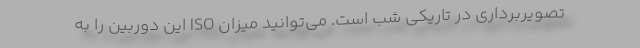
تصویربرداری در تاریکی شب است. می‌توانید میزان ISO این دوربین را به